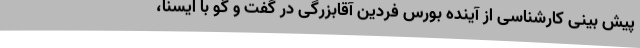
پیش بینی کارشناسی از آینده بورس فردین آقابزرگی در گفت و گو با ایسنا،